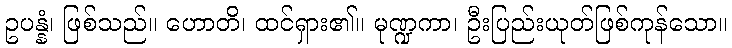
ဥပန္နံ၊ ဖြစ်သည်။ ဟောတိ၊ ထင်ရှား၏။ မုဏ္ဍကာ၊ ဦးပြည်းယုတ်ဖြစ်ကုန်သော။